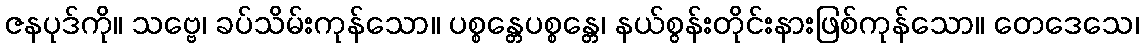
ဇနပုဒ်ကို။ သဗ္ဗေ၊ ခပ်သိမ်းကုန်သော။ ပစ္စန္တေပစ္စန္တေ၊ နယ်စွန်းတိုင်းနားဖြစ်ကုန်သော။ တေဒေသေ၊